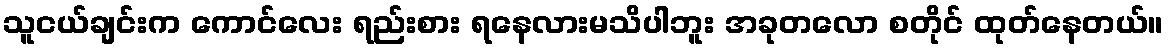
သူငယ်ချင်းက ကောင်လေး ရည်းစား ရနေလားမသိပါဘူး အခုတလော စတိုင် ထုတ်နေတယ်။